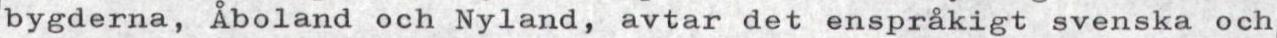
bygderna, Åboland och Nyland, avtar det enspråkigt svenska och